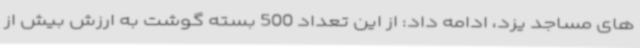
های مساجد یزد، ادامه داد: از این تعداد 500 بسته گوشت به ارزش بیش از